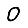
Digit: 0